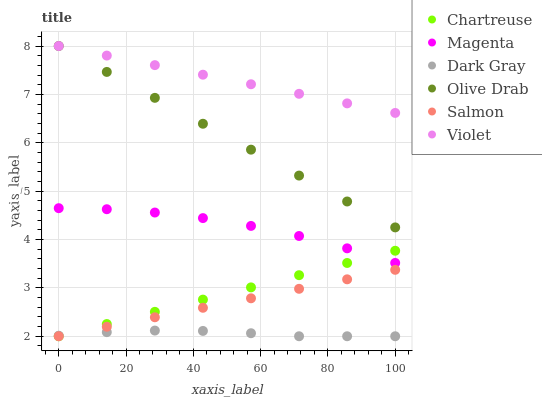
| xaxis_label | Chartreuse | Magenta | Dark Gray | Olive Drab | Salmon | Violet |
 | --- | --- | --- | --- | --- | --- | --- |
 | 0 | 2 | 4.65 | 2.01 | 8 | 2 | 8 |
 | 14.3 | 2.25 | 4.63 | 2.08 | 7.46 | 2.2 | 7.8 |
 | 28.6 | 2.5 | 4.56 | 2.12 | 6.93 | 2.39 | 7.6 |
 | 42.9 | 2.76 | 4.44 | 2.11 | 6.39 | 2.59 | 7.41 |
 | 57.1 | 3.01 | 4.28 | 2.06 | 5.86 | 2.78 | 7.21 |
 | 71.4 | 3.26 | 4.07 | 2 | 5.32 | 2.98 | 7.01 |
 | 85.7 | 3.51 | 3.82 | 2 | 4.79 | 3.18 | 6.81 |
 | 100 | 3.77 | 3.52 | 2 | 4.25 | 3.37 | 6.62 |